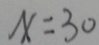
x = 3 0